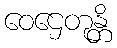
ဝေဌေတုန္တိ